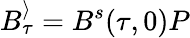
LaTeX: B_{\tau}^{\rangle}=B^{s}(\tau,0)P